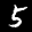
Label: 5